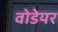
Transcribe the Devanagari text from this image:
वोडेयर